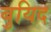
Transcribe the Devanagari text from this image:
बुयिद